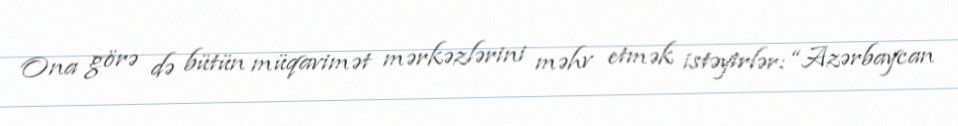
Ona görə də bütün müqavimət mərkəzlərini məhv etmək istəyirlər: “Azərbaycan